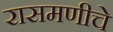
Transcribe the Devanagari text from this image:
रासमणीचे